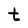
Character: t